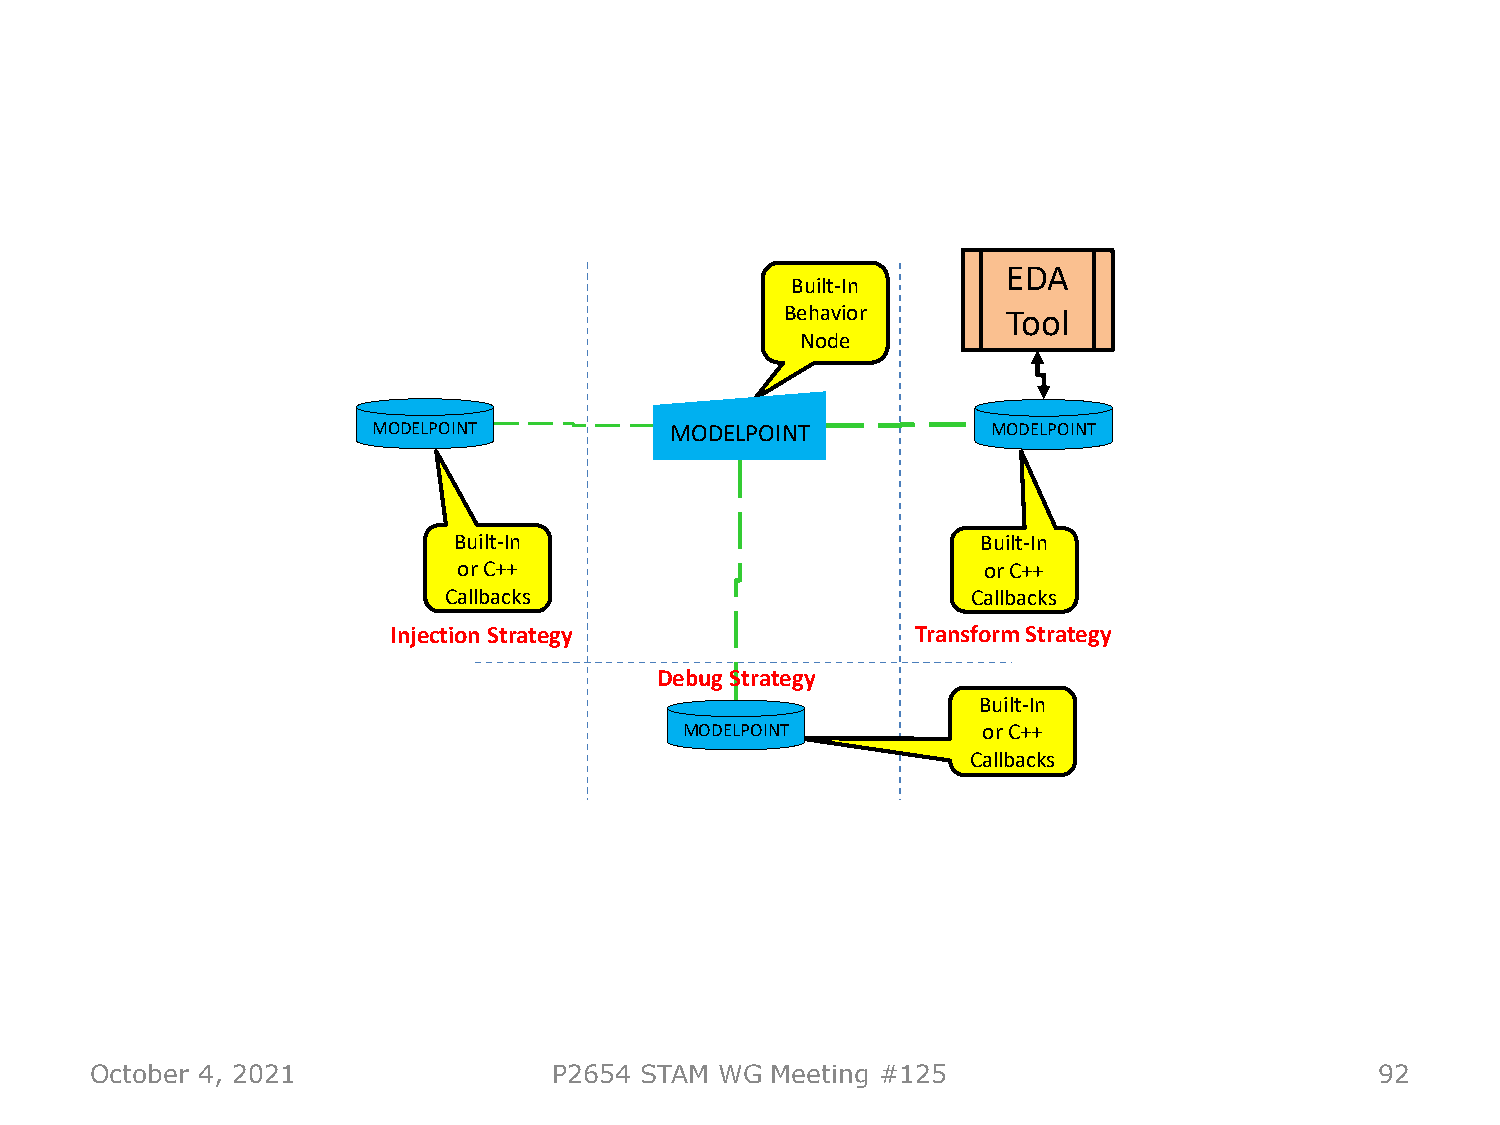
EDA
 Built-In
 Behavior       Tool
 Node
 MODELPOINT         MODELPOINT            MODELPOINT
 Built-In                           Built-In
 or C++                             or C++
 Callbacks                          Callbacks
 Injection Strategy                 Transform Strategy
 Debug Strategy
 Built-In
 MODELPOINT          or C++
 Callbacks
 October 4, 2021                P2654 STAM WG Meeting #125                            92